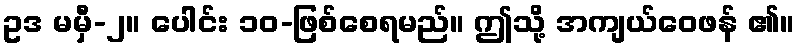
ဥဒ မမှီ-၂။ ပေါင်း ၁၀-ဖြစ်စေရမည်။ ဤသို့ အကျယ်ဝေဖန် ၏။